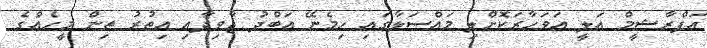
އަފްރާޝީމް އަލީ އަވަހާރަކޮށްލި މައްސަލާގައި ހިމެނޭ އަބްދު ޖާވިދާއި އިތުރު ތިން މީހެއްގެ